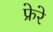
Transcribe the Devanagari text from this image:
फ्रेरे